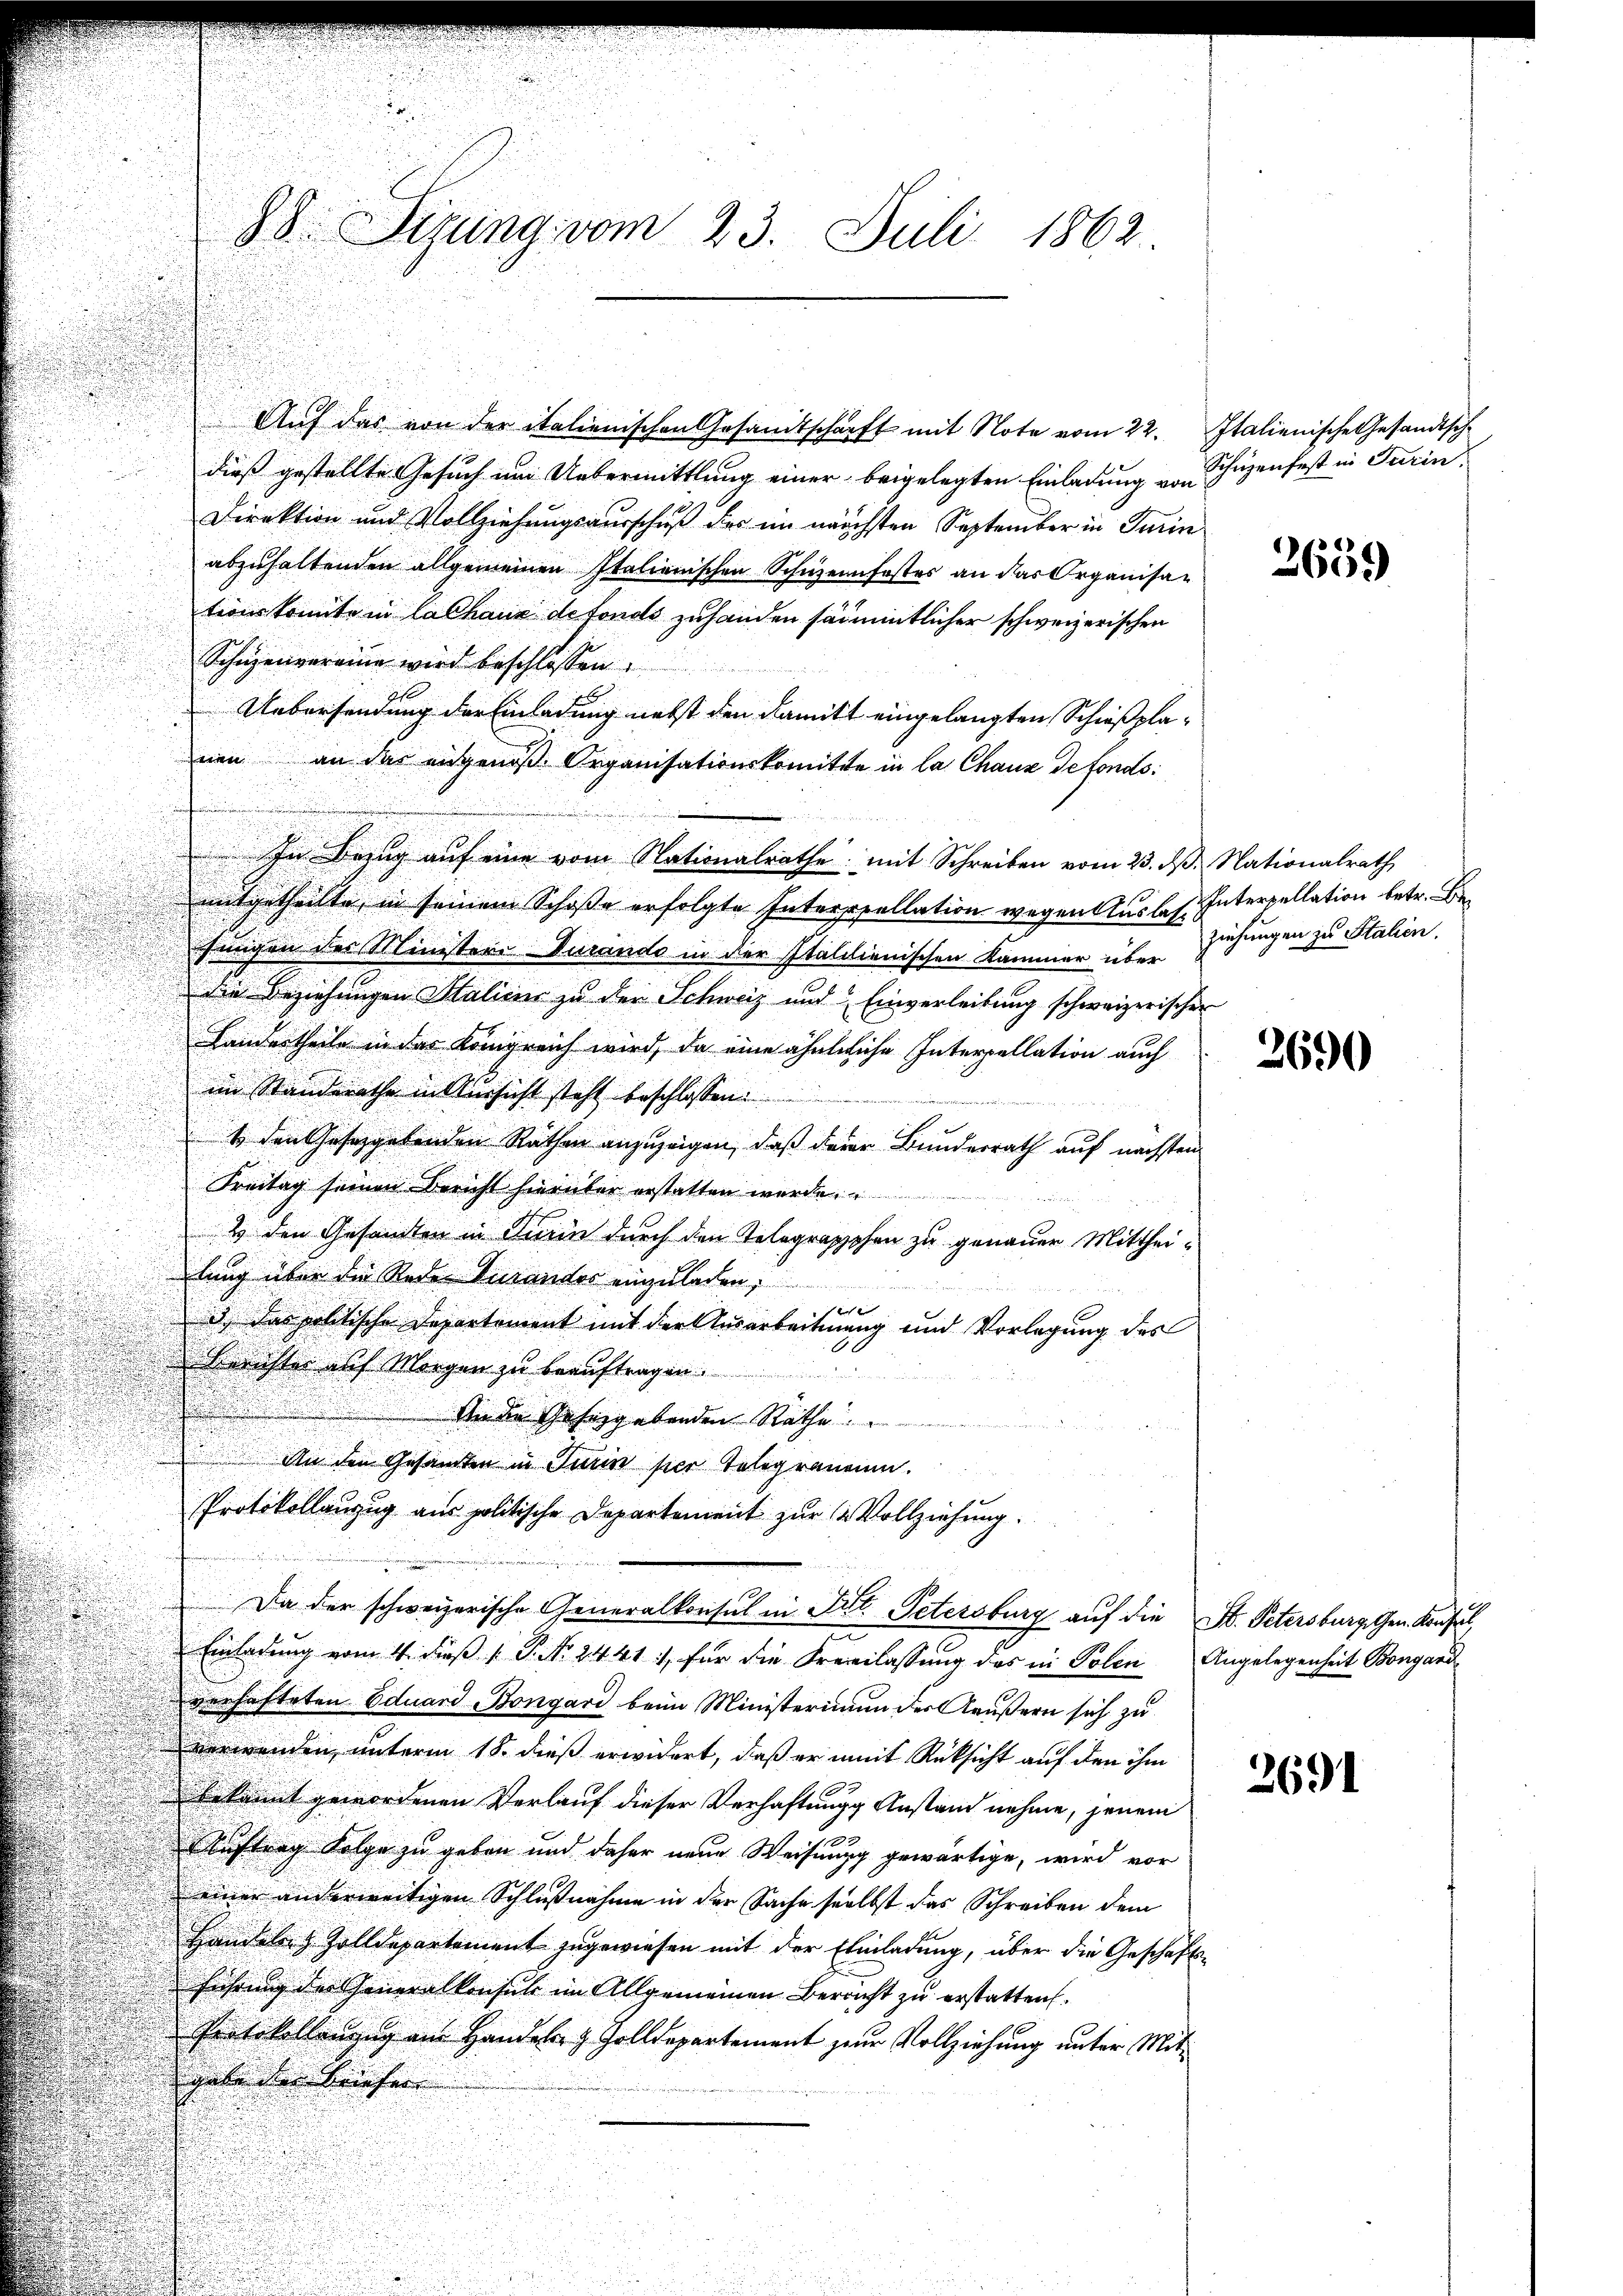
Auf das von der italienischen Gesandtschärft mit Note vom 22. Italienische Gesandtsch-

dieß gestellte Gesuch um Uebermittlung einer beigelegten Einladung von Schüzenfest in Turin
Direktion und Vollziehungsausschuß der im nächsten September in Turin
abzuhaltenden allgemeinen Italienischen Schweinfestes an das Organisation konnte in Cathaus de fonds zuhanden sämmtlicher schweizerischen
Schienvereine wird beschlossen:
Uebersendung der Einladung nebst den damitt eingelangten Schießplanen an das eidgenoß Organisationskomitte in la Chaux defonds
In Bezug auf eine vom Nationalrathe mit Schreiben vom 23. d. Nationalrath
mitgetheilte, in seinem Schoße erfolgte Interpellation wegen Auslas Interpellation betr. B
Jungen des Ministere Durando in der Italienischen Kammer über
die Beziehungen Salicus zu der Schweiz und Einverleibung schweizerischer
Landertheile in das Königreich wird, da eine ähnliche Interpellation auch
im Standerathe in Aussicht steht beschlossen:
1 den Gesetzgebenden Rathen anzuzeigen, daß derer Bundesrath auf nächsten
Freitag seinen Bericht hierüber erstatten werde.
2 den Gesandten in Turin durch den Telegraphen zu genauer Mittheidlung über die Rede Turander einzuladen,
fe |
3.) Das politische Departement mit der Ausarbeitung und Vorlegung des
Berichter auf Morgen zu beauftragen.
An die Gesetzgebenden Rathe
An den Gesandten in Turin hier Telegrananen.
Protokollanzug aus politische Departement zur 2 Vollziehung.
Da der schweizerische Generalkonsul in Tit. Petersburg auf die St. Petersburg, Gen. Konsul,
Einladŭng vom 4. diβ " P. Nr. 2441 :/ für die Freilassŭng des in Polen Angelegenheit Borganiverhafteten Eduard Bongard beim Ministerimum der äußern sich zu
verwenden, unterm 18. dieß erwidert, daß er mit Rücksicht auf den ihm
bekannt gewordenen Verlauf dieser Verhaftung Anstand nehme, jenem
Auftrag Folge zu geben und daher neue Weisung gewärtige, wird vor
einer anderweitigen Schlußnahme in der Sache selbst das Schreiben dem
Handeler Zolldepartement zugewiesen mit der Einladung, über die Geschäftsführung der Generalkonsul im Allgemeinen Bericht zu erstatten.
Protokollenzug am Handeler Zolldepartement zur Vollziehung unter Mitgebenden Kaiser

88. Sigung vom 23. Juli 1862

2659

ziehungen zu Stalien.

3690

2691